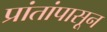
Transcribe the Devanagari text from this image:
प्रांतांपासून